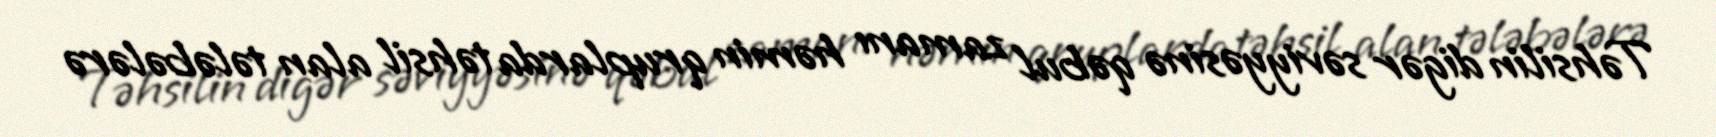
Təhsilin digər səviyyəsinə qəbul zamanı həmin qruplarda təhsil alan tələbələrə